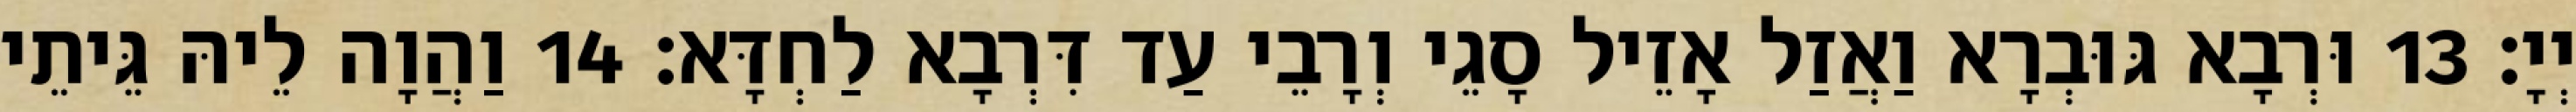
יְיָ׃ 13 וּרְבָא גּוּבְרָא וַאֲזַל אָזֵיל סָגֵי וְרָבֵי עַד דִּרְבָא לַחְדָּא׃ 14 וַהֲוָה לֵיהּ גֵּיתֵי